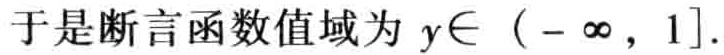
于是断言函数值域为 \(y\in (-\infty, 1]\).